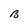
Character: B